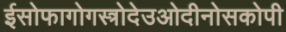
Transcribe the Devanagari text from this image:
ईसोफागोगस्त्रोदेउओदीनोसकोपी